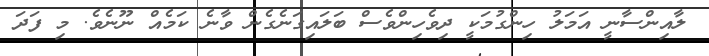
ލާއިންސާނީ އަމަލު ހިންގުމަކީ ދިވެހިންވެސް ބަލައިގަނެގެން ވާނެ ކަމެއް ނޫނެވެ. މި ފަދަ